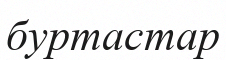
буртастар